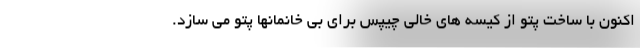
اکنون با ساخت پتو از کیسه های خالی چیپس برای بی خانمانها پتو می سازد.